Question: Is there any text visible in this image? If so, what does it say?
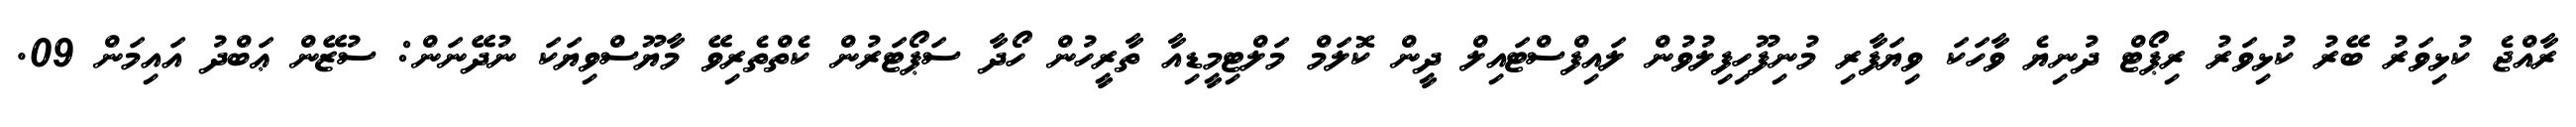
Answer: ރާއްޖެ ކުޅިވަރު ބޭރު ކުޅިވަރު ރިޕޯޓް ދުނިޔެ ވާހަކަ ވިޔަފާރި މުނިފޫހިފިލުވުން ލައިފްސްޓައިލް ދީން ކޮލަމް މަލްޓިމީޑިއާ ތާރީހުން ހޯދާ ސަޕޯޓަރުން ކެތްތެރިވޭ މާޔޫސްވިޔަކަ ނުދޭނަން: ސުޒޭން ޢަބްދު އައިމަން 09.